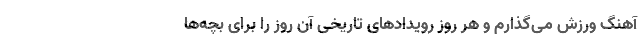
آهنگ ورزش می‌گذارم و هر روز رویدادهای تاریخی آن روز را برای بچه‌ها